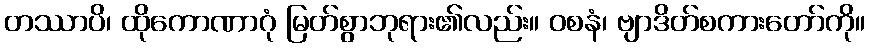
တဿာပိ၊ ထိုကောဏာဂုံ မြတ်စွာဘုရား၏လည်း။ ဝစနံ၊ ဗျာဒိတ်စကားတော်ကို။